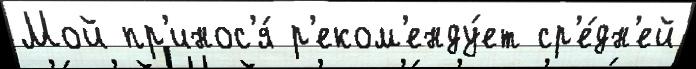
Мой пр'инос'я́ р'еком'енду́ет ср'е́дн'ей